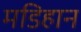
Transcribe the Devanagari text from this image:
मडिहान